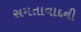
સમતાવાદની